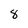
Character: 8